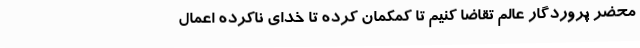
محضر پروردگار عالم تقاضا کنیم تا کمکمان کرده تا خدای ناکرده اعمال